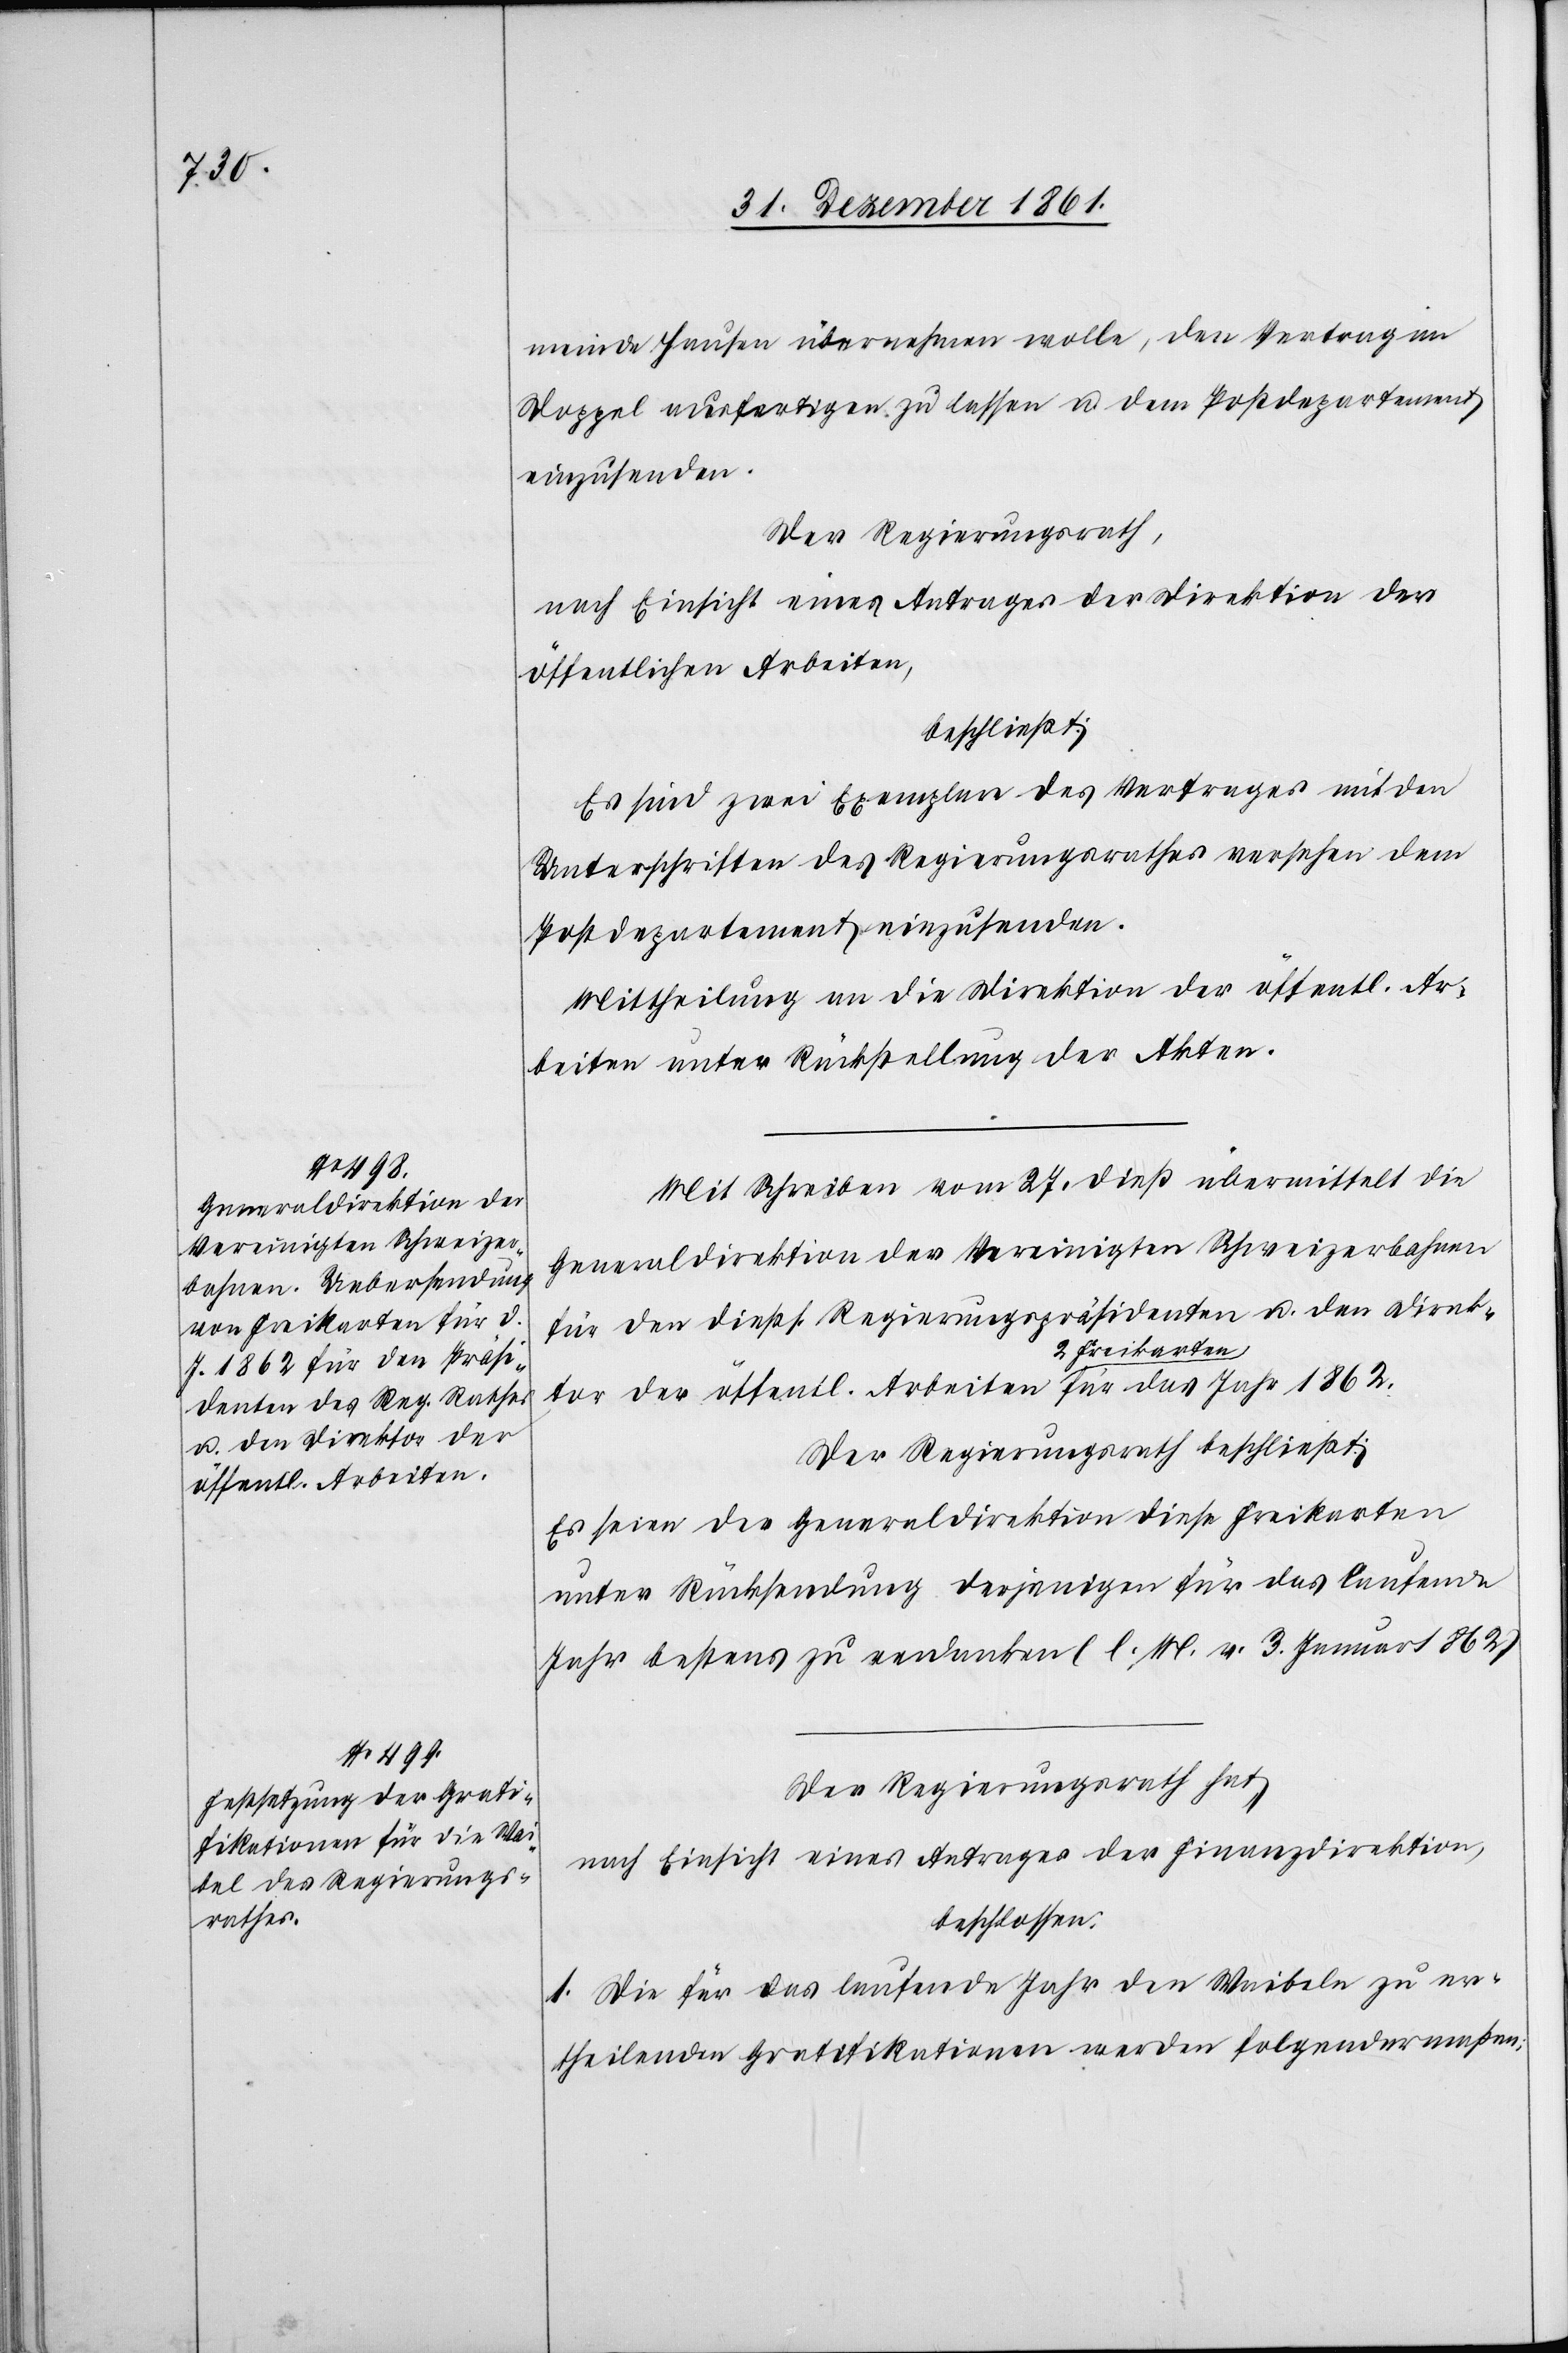
öffentl. Arbeiten

meinde Hausen übernehmen wolle, den Vertrag im
Doppel ausfertigen zu lassen u. dem Postdepartement
einzusenden.
Der Regierungsrath,
nach Einsicht eines Antrages der Direktion der
öffentlichen Arbeiten,
beschließt:
Es sind zwei Exemplare des Vertrages mit den
Unterschriften des Regierungsrathes versehen dem
Postdepartement einzusenden.
Mittheilung an die Direktion der öffentl. Ar¬
beiten unter Rückstellung der Akten.
Mit Schreiben vom 27 dieß übermittelt die
Generaldirektion der Vereinigten Schweizerbahnen
für den dießs. Regierungspräsidenten u. den Direktor
2 Freikarten
Der Regierungsrath hat,
nach Einsicht eines Antrages der Finanzdirektion,
beschlossen:
1. Die für das laufende Jahr den Waibeln zu er¬
theilenden Gratifikationen werden folgendermaßen